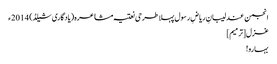
انجمن عندلیبانِ ریاضِ رسول پہلا طرحی نعتیہ مشاعرہ(یادگاری شیلڈ) 2014ء
غزل[ترمیم]
بہارو!